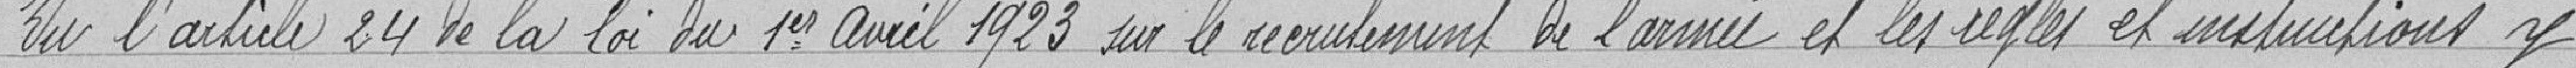
Vu l'article 24 de la loi du 1er avril 1923 sur le recrutement de l'armée et les règles et instructions y